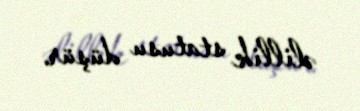
əlillik statusu düşür.